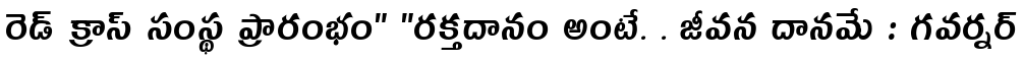
రెడ్ క్రాస్ సంస్థ ప్రారంభం" "రక్తదానం అంటే. . జీవన దానమే : గవర్నర్